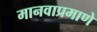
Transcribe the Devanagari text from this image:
मानवाप्रमाणे